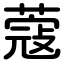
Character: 蔻